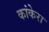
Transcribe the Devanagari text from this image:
कांकेरा